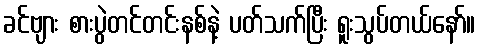
ခင်ဗျား စားပွဲတင်တင်းနစ်နဲ့ ပတ်သက်ပြီး ရူးသွပ်တယ်နော်။